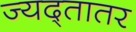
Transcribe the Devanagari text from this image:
ज्यद्तातर